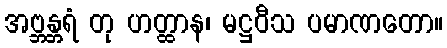
အဗ္ဘန္တရံ တု ဟတ္ထာန၊ မဋ္ဌဝီသ ပမာဏတော။